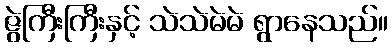
ဇွဲကြီးကြီးနှင့် သဲသဲမဲမဲ ရွာနေသည်။